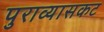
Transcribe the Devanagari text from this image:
पुराव्यासकट